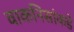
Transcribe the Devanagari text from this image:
वाकनिसांकडे